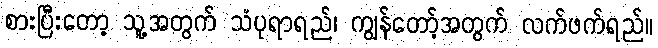
စားပြီးတော့ သူ့အတွက် သံပုရာရည်၊ ကျွန်တော့်အတွက် လက်ဖက်ရည်။